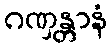
ဂဏှန္တာနံ